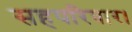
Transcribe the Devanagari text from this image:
सहपरिवार।